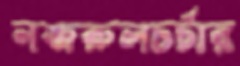
নজরুলচর্চার